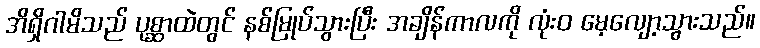
အိရှိဂါမိသည် ပုစ္ဆာထဲတွင် နစ်မြုပ်သွားပြီး အချိန်ကာလကို လုံးဝ မေ့လျော့သွားသည်။